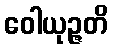
ဝေါယုဉ္ဇတိ